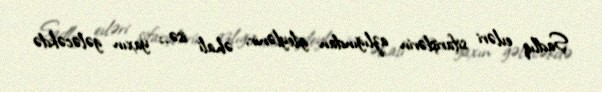
Şadlıq evləri sifarişlərin azlığından gileylənir, əhali isə..; yaxın gələcəkdə